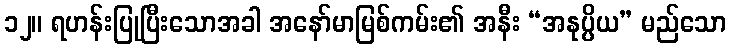
၁၂။ ရဟန်းပြုပြီးသောအခါ အနော်မာမြစ်ကမ်း၏ အနီး “အနုပ္ပိယ” မည်သော